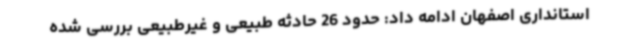
استانداری اصفهان ادامه داد: حدود 26 حادثه طبیعی و غیرطبیعی بررسی شده